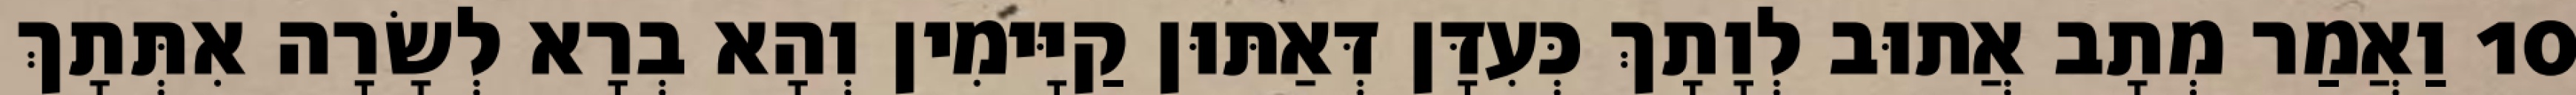
10 וַאֲמַר מְתָב אֲתוּב לְוָתָךְ כְּעִדָּן דְּאַתּוּן קַיָּימִין וְהָא בְרָא לְשָׂרָה אִתְּתָךְ